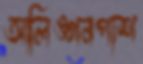
আলিঙ্গনপাশ